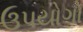
ઉપયોગો